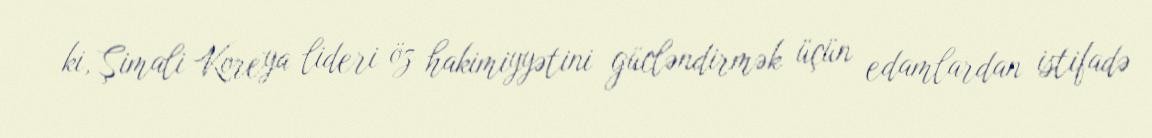
ki, Şimali Koreya lideri öz hakimiyyətini gücləndirmək üçün edamlardan istifadə